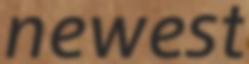
newest